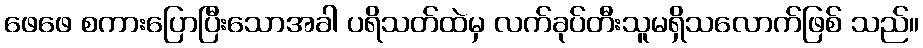
ဖေဖေ စကားပြောပြီးသောအခါ ပရိသတ်ထဲမှ လက်ခုပ်တီးသူမရှိသလောက်ဖြစ် သည်။